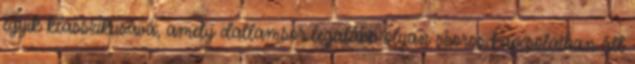
egyik klasszikusává, amely dallamsor legalább olyan szoros kapcsolatban áll